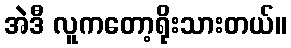
အဲဒီ လူကတော့ရိုးသားတယ်။